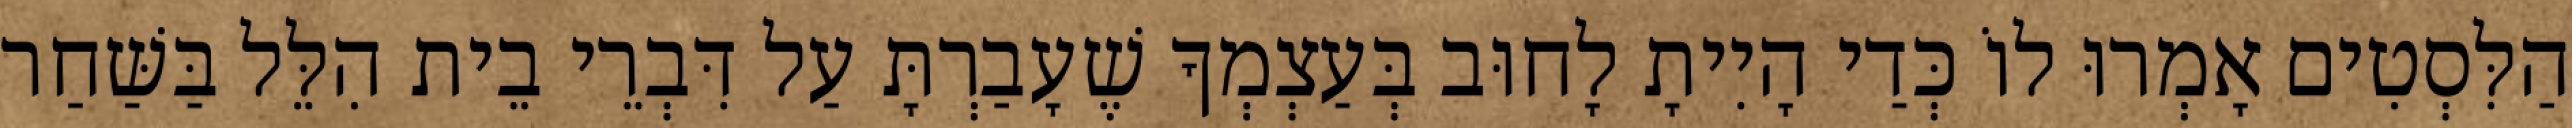
הַלִּסְטִים אָמְרוּ לוֹ כְּדַי הָיִיתָ לָחוּב בְּעַצְמְךָ שֶׁעָבַרְתָּ עַל דִּבְרֵי בֵית הִלֵּל בַּשַּׁחַר